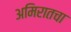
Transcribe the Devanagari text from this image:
अमिरातचा